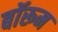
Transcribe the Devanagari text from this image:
बॉरूम